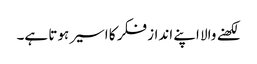
لکھنے والا اپنے انداز فکر کا اسیر ہوتا ہے۔